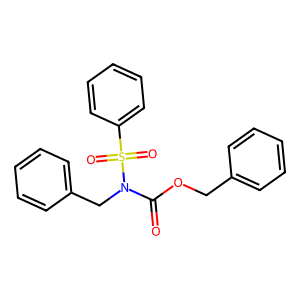
SMILES: O=C(OCc1ccccc1)N(Cc1ccccc1)S(=O)(=O)c1ccccc1
Inhibits HIV replication: No